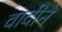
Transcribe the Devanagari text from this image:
वादीने